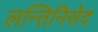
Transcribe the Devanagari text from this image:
लन्तिनिसेद